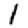
Digit: 1